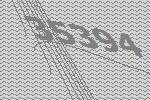
35394